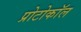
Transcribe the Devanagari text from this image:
प्रोटोकाॅल